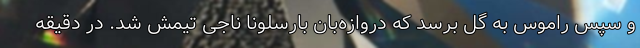
و سپس راموس به گل برسد که دروازه‌بان بارسلونا ناجی تیمش شد. در دقیقه